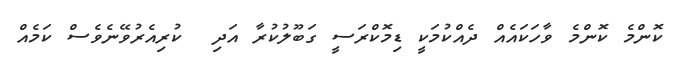
ކޮންމެ ކޮންމެ ވާހަކައެއް ދެއްކުމަކީ ޑިމޮކްރަސީ ގަބޫލުކުރާ އަދި  ކުރިއެރުވޭނެވެސް ކަމެއް